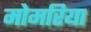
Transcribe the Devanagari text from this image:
मोमरिया